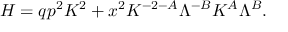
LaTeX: H = q p ^ { 2 } K ^ { 2 } + x ^ { 2 } K ^ { - 2 - A } \Lambda ^ { - B } K ^ { A } \Lambda ^ { B } .